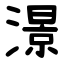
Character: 澋